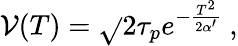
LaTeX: \mathcal{V}(T)=\sqrt{}{{2}}\tau_{p}e^{-{\frac{{T^{2}}}{{2\alpha^{\prime}}}}}\ ,